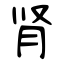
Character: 肾